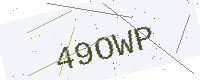
Text: 49OWP